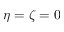
\eta = \zeta = 0